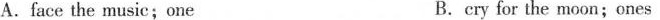
A.face the music；one B. cry for the moon；ones